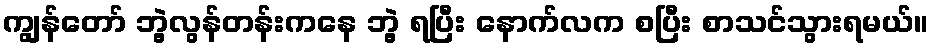
ကျွန်တော် ဘွဲ့လွန်တန်းကနေ ဘွဲ့ ရပြီး နောက်လက စပြီး စာသင်သွားရမယ်။